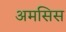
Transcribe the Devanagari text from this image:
अमसिस